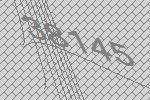
38145